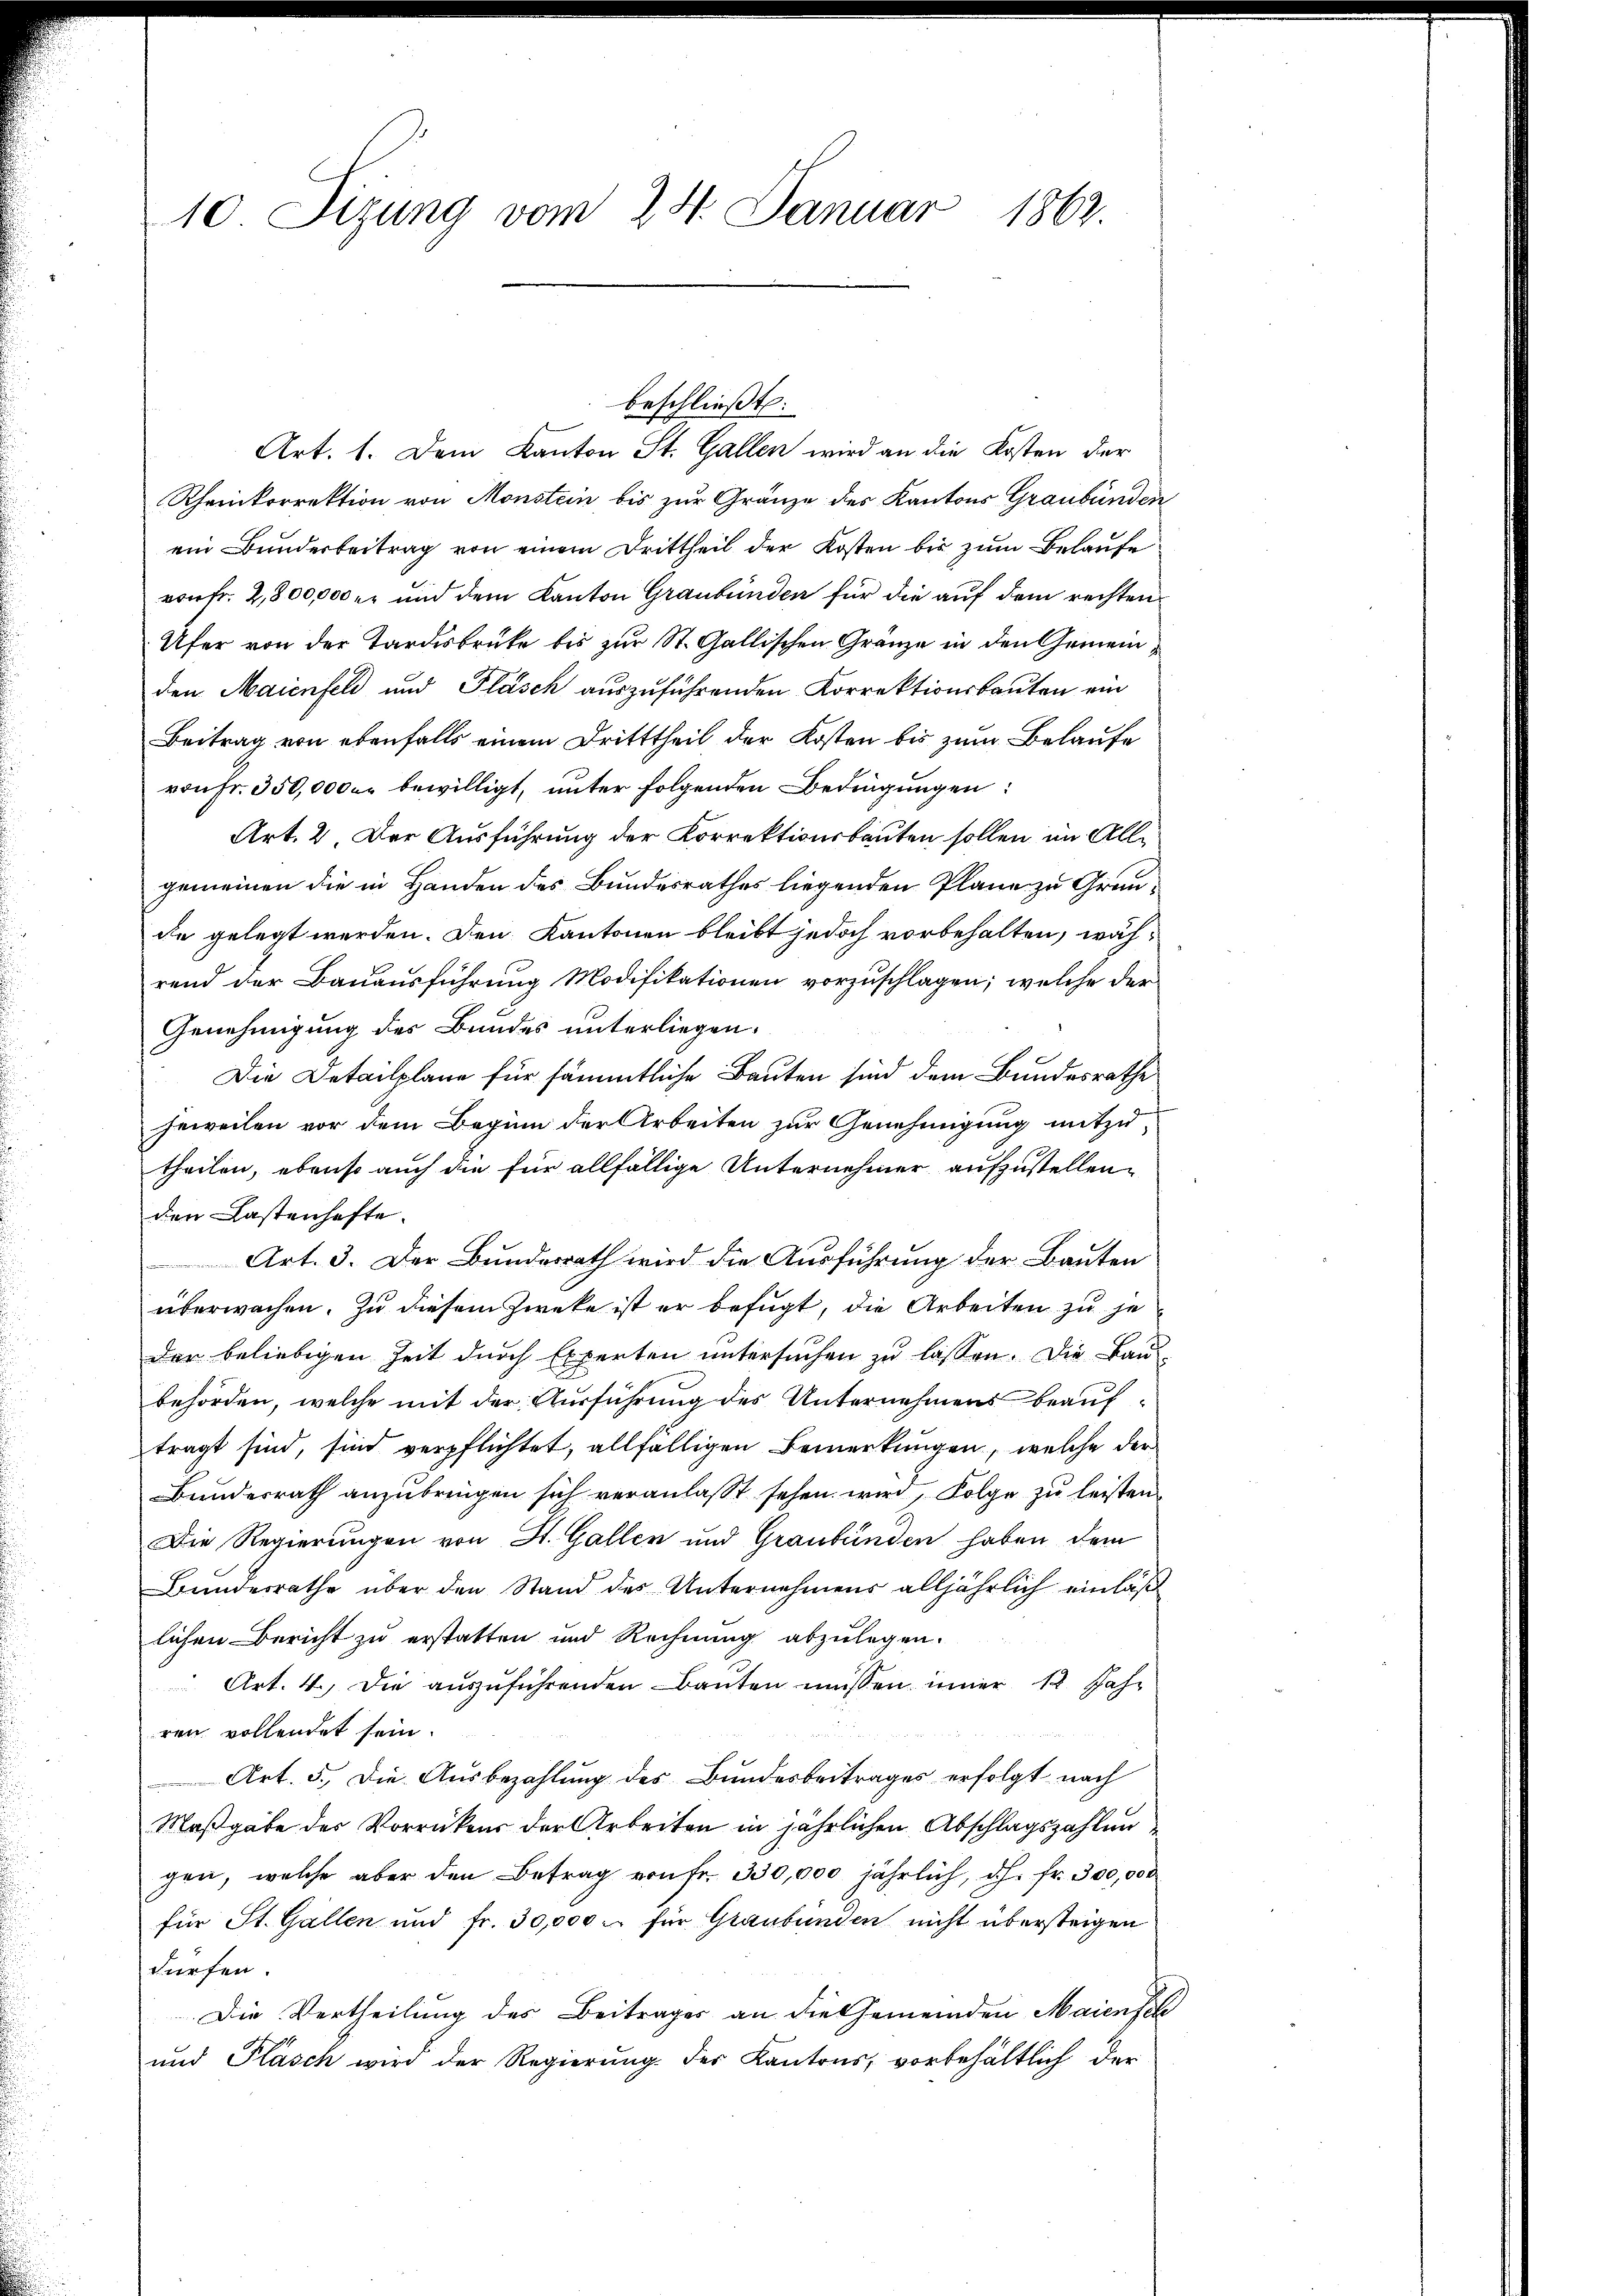
10 Sizung vom 24. Januar 1863.

beschließt:
Art. 1. Dem Kanton St. Gallen wird an die Kosten der
Rheinkorrektion von Monstein bis zur Gränze des Kantons Graubünden
ein Bunderbeitrag von einem Drittheil der Kosten bis zum Belaufe
von fr. 2,800,000 er und dem Kanton Graubünden für die auf dem rechten
Ufer von der Tardesbrücke bis zur St. Gallischen Gränze in den Gemeinden Maienfeld und Fläsch auszuführenden Korrektionsbauten ein
Beitrag von ebenfalls einem Dritttheil der Kosten bis zum Belaufe
von Fr. 350,0000 bewilligt, unter folgenden Bedingungen:
Art. 2. Der Ausführung der Korrektionsbauten sollen im Allgemeinen die in Handen des Bundesrathes liegenden Plane zu Grunde gelegt werden. Den Kantonen bleibt jedoch vorbehalten, während der Bauausführung Modifikationen vorzuschlagen; welche der
Genehmigung des Bundes unterliegen.
Die Detailpläne für sämmtliche Bauten sind dem Bundesrathe
jeweilen vor dem Beginn der Arbeiten zur Genehmigung mitzutheilen, ebenso auch die für allfällige Unternehmer aufzustellen.
den Lastenhafte.
Art. 3. Der Bundesrath wird die Ausführung der Bauten
überwachen. Zu diesem Zweke ist er befugt, die Arbeiten zu je
der beliebigen Zeit durch Experten untersuchen zu lassen. Die Bau
behörden, welche mit der Ausführung des Unternehmens beauftragt sind, sind verpflichtet, allfälligen Bemerkungen, welche der
Bundesrath anzubringen sich veranlaßt sehen wird, Folge zu leisten
Die Regierungen von St. Gallen und Graubünden haben dem
Bundesrathe über den Stand des Unternehmens alljährlich einlaßlichen Bericht zu erstatten und Rechnung abzulegen.
Art. 4. Die aŭszŭführenden Bauten müssen inner 12. Jahr
ren vollendet sein.

Art. 5. Die Ausbezahlung des Bundesbeitrages erfolgt nach
Maßgabe der Vorrückens der Arbeiten in jährlichen Abschlagszahlun
gen, welche aber den Betrag von fr. 330,000 jährlich, dh. Fr. 300,000
für St. Gallen und fr. 30,000 - für Graubünden nicht übersteigen
dürfen.
Die Vertheilung des Beitrages an die Gemeinden Maienfel
und Pläsch wird der Regierung der Kantons, vorbehältlich der